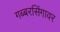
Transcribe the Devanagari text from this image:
गब्बरसिंगावर